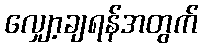
လျှော့ချရန်အတွက်